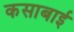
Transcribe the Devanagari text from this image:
कसाबाई